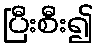
ပြီးစီး၍